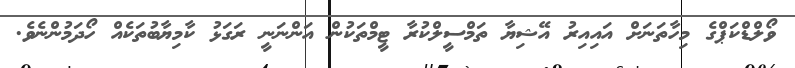
ވޯލްޑްކަޕްގެ މިހާތަނަށް އައިއިރު އޭޝިޔާ ތަމްސީލްކުރާ ޓީމްތަކުން އަންނަނީ ރަގަޅު ކާމިޔާބުތަކެއް ހޯދަމުންނެވެ.